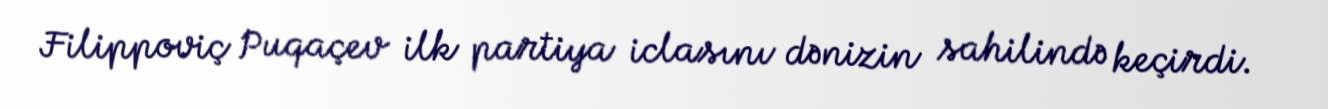
Filippoviç Puqaçev ilk partiya iclasını dənizin sahilində keçirdi.